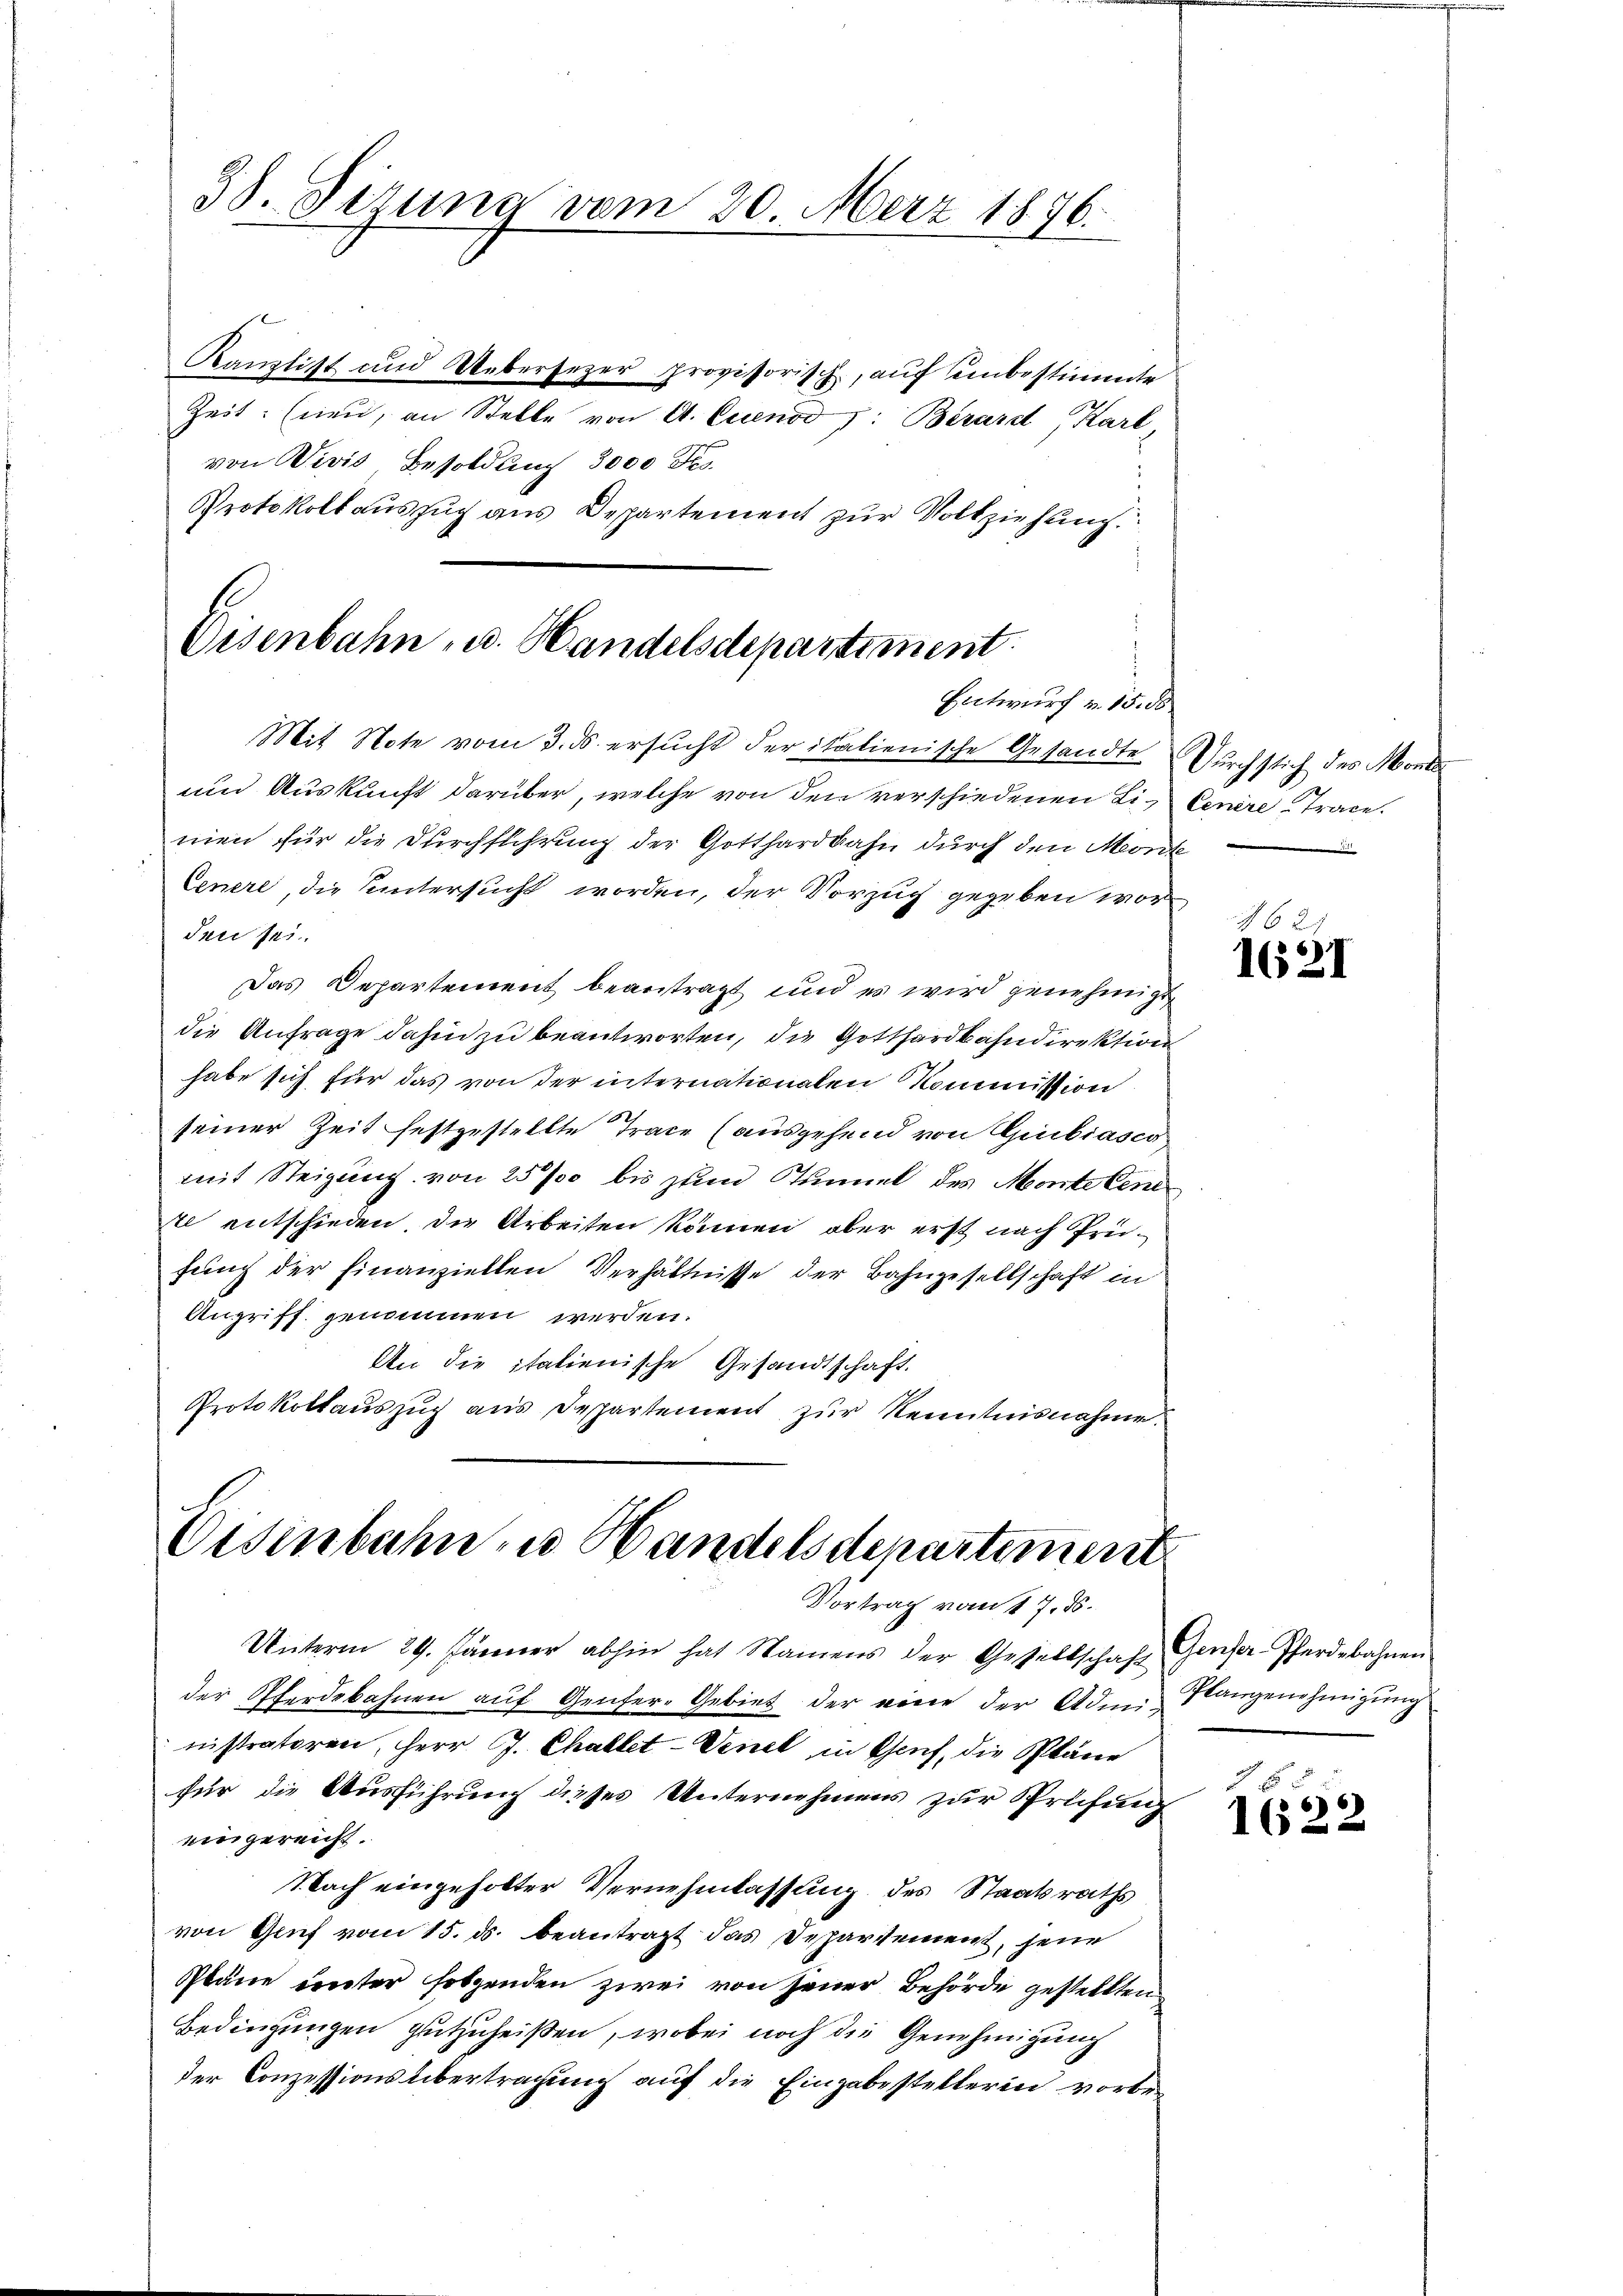
38. Sizung vom 20. März 1876.

Kanzlist und Uebersezer provisorisch, auf unbestimmte
Zeit (neu, an Stelle von A. Cuenöd J: Berard, Karl,
von Wivis, Besoldung 3000 Fr.
Protokollauszug aus Departement zur Vollziehung

Eisenbahn, u. Handelsdepartiment.
Entwurf v. 15. ds.

Mit Note vom 3. ds. ersucht der italienische Gesandte Durchstich des Morde
und Auskunft darüber, welche von den verschiedenen Licenire Trace.
mien für die Durchführung der Gotthardbahn durch den Mont
Cenere, die untersucht worden, der Vorzug gegeben wor
den sei
Das Departement beantragt und es wird genehmigt,
die Anfrage dahin zu beantworten, die Gotthardbahndirektion
habe sich für das von der internationalen Kommission
seiner Zeit festgestellte Trace (ausgehend von Giubiasco
mit Steigung von 25 % bis zum Tunnel des Monte Cen
te entschieden, die Arbeiten können, aber erst nach Prüfung der Finanziellen Verhältnisse der Bahngesellschaft in
Angriff genommen werden.
An die italienische Gesandtschaft.
Protokollauszug aus Departement zur Kenntnisnahme.

Eisenbahn zu Handelsdepartement
Vortrag vom 17. ds.

Unterm 29. Jänner abhin hat Namens der Gesellschaft Genfer-Pferdebahnen
der Pferdebahnen aŭf Genfer-Gebiet der eine der Admi-Pangenehmigŭng
nistratoren, Herr J. Chablet-Venet in Genf, die Pläne
für die Ausführung dieses Unternehmens zur Sprüfung
eingereicht.
Nach eingeholter Vernehmlassung des Staatsraths
von Genf vom 15. ds. beantragt das Departement, feur
Pläne unter folgenden zwei von jener Behörde gestellten
Bedingungen gutzuheißen, wobei noch die Genehmigung
der Conzessions übertragung auf die Eingabestellerin vorbe¬

6
1621

66)
1622